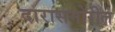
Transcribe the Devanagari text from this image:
दारासमोरील